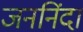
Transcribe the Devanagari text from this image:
जननिंदा